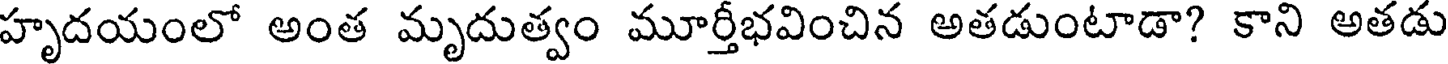
హృదయంలో అంత మృదుత్వం మూర్తీభవించిన అతడుంటాడా? కాని అతడు